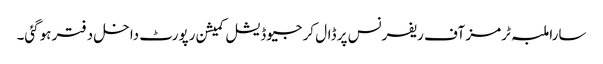
سارا ملبہ ٹرمز آف ریفرنس پر ڈال کر جیوڈیشل کمیشن رپورٹ داخل دفتر ہوگئی۔